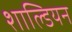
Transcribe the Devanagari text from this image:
शाल्डियन